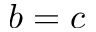
b = c